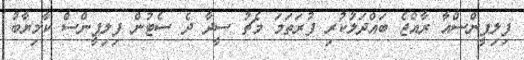
ފިލިޕީންސްއާ ރާއްޖެ ބައްދަލުކުރި ފުރަތަމަ މެޗު ސީދާ ދެ ސެޓުން ފިލިޕީންސް ކާމިޔާބު